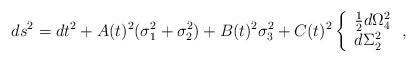
\begin{align*}ds^2=dt^2+A(t)^2(\sigma_1^2+\sigma_2^2)+B(t)^2\sigma_3^2+C(t)^2 \left\{\begin{array}{l}{{1}\over{2}}d\Omega_4^2\\d\Sigma_2^2\end{array}\right. ,\end{align*}